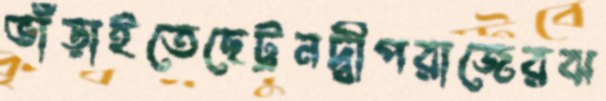
ভাঁড়াইতেছেট্রনদ্বীপরাজেরঝ